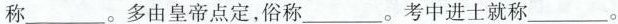
称___。多由皇帝点定，俗称____。考中进士就称___。